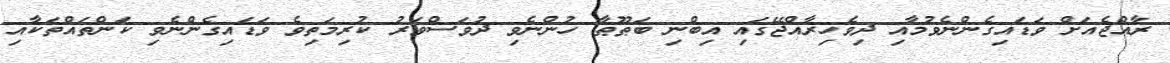
ރާއްޖެއަށް ވަޑައިގެންނެވުމާއި ދިވެހިރާއްޖޭގައި އިބްނި ބަޠޫޠާ ހުންނެވި ދުވަސްވަރު ކުރިމަތިވެ ވަޑައިގެންނެވި ކަންތައްތަކާއި